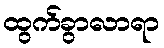
ထွက်ခွာလာရာ